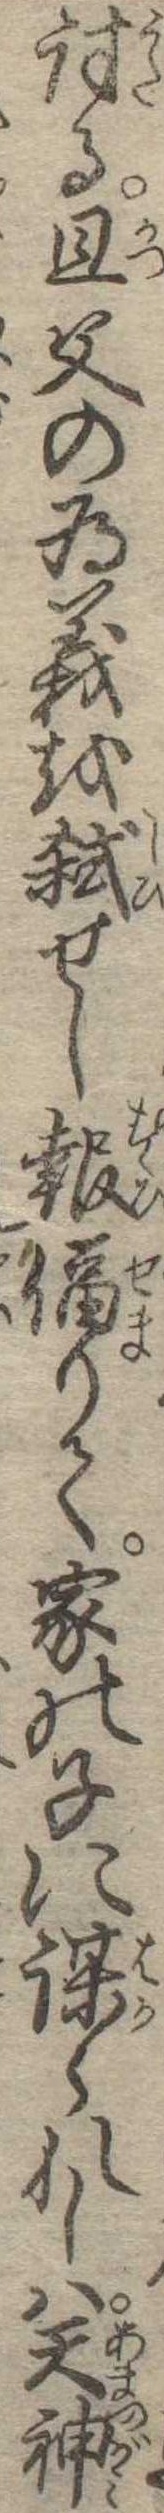
討る且父の為義を弑せし報りて家の子に謀られしは天神